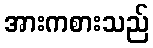
အားကစားသည်